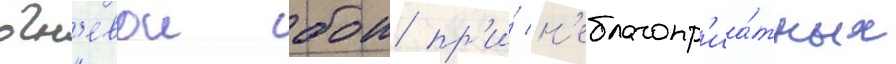
огн'евои бои пр'и́ н'еблагопр'иа́тных